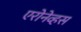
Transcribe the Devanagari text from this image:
एरोनेव्हस